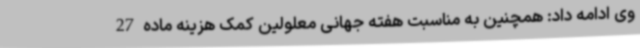
وی ادامه داد: همچنین به مناسبت هفته جهانی معلولین کمک هزینه ماده 27